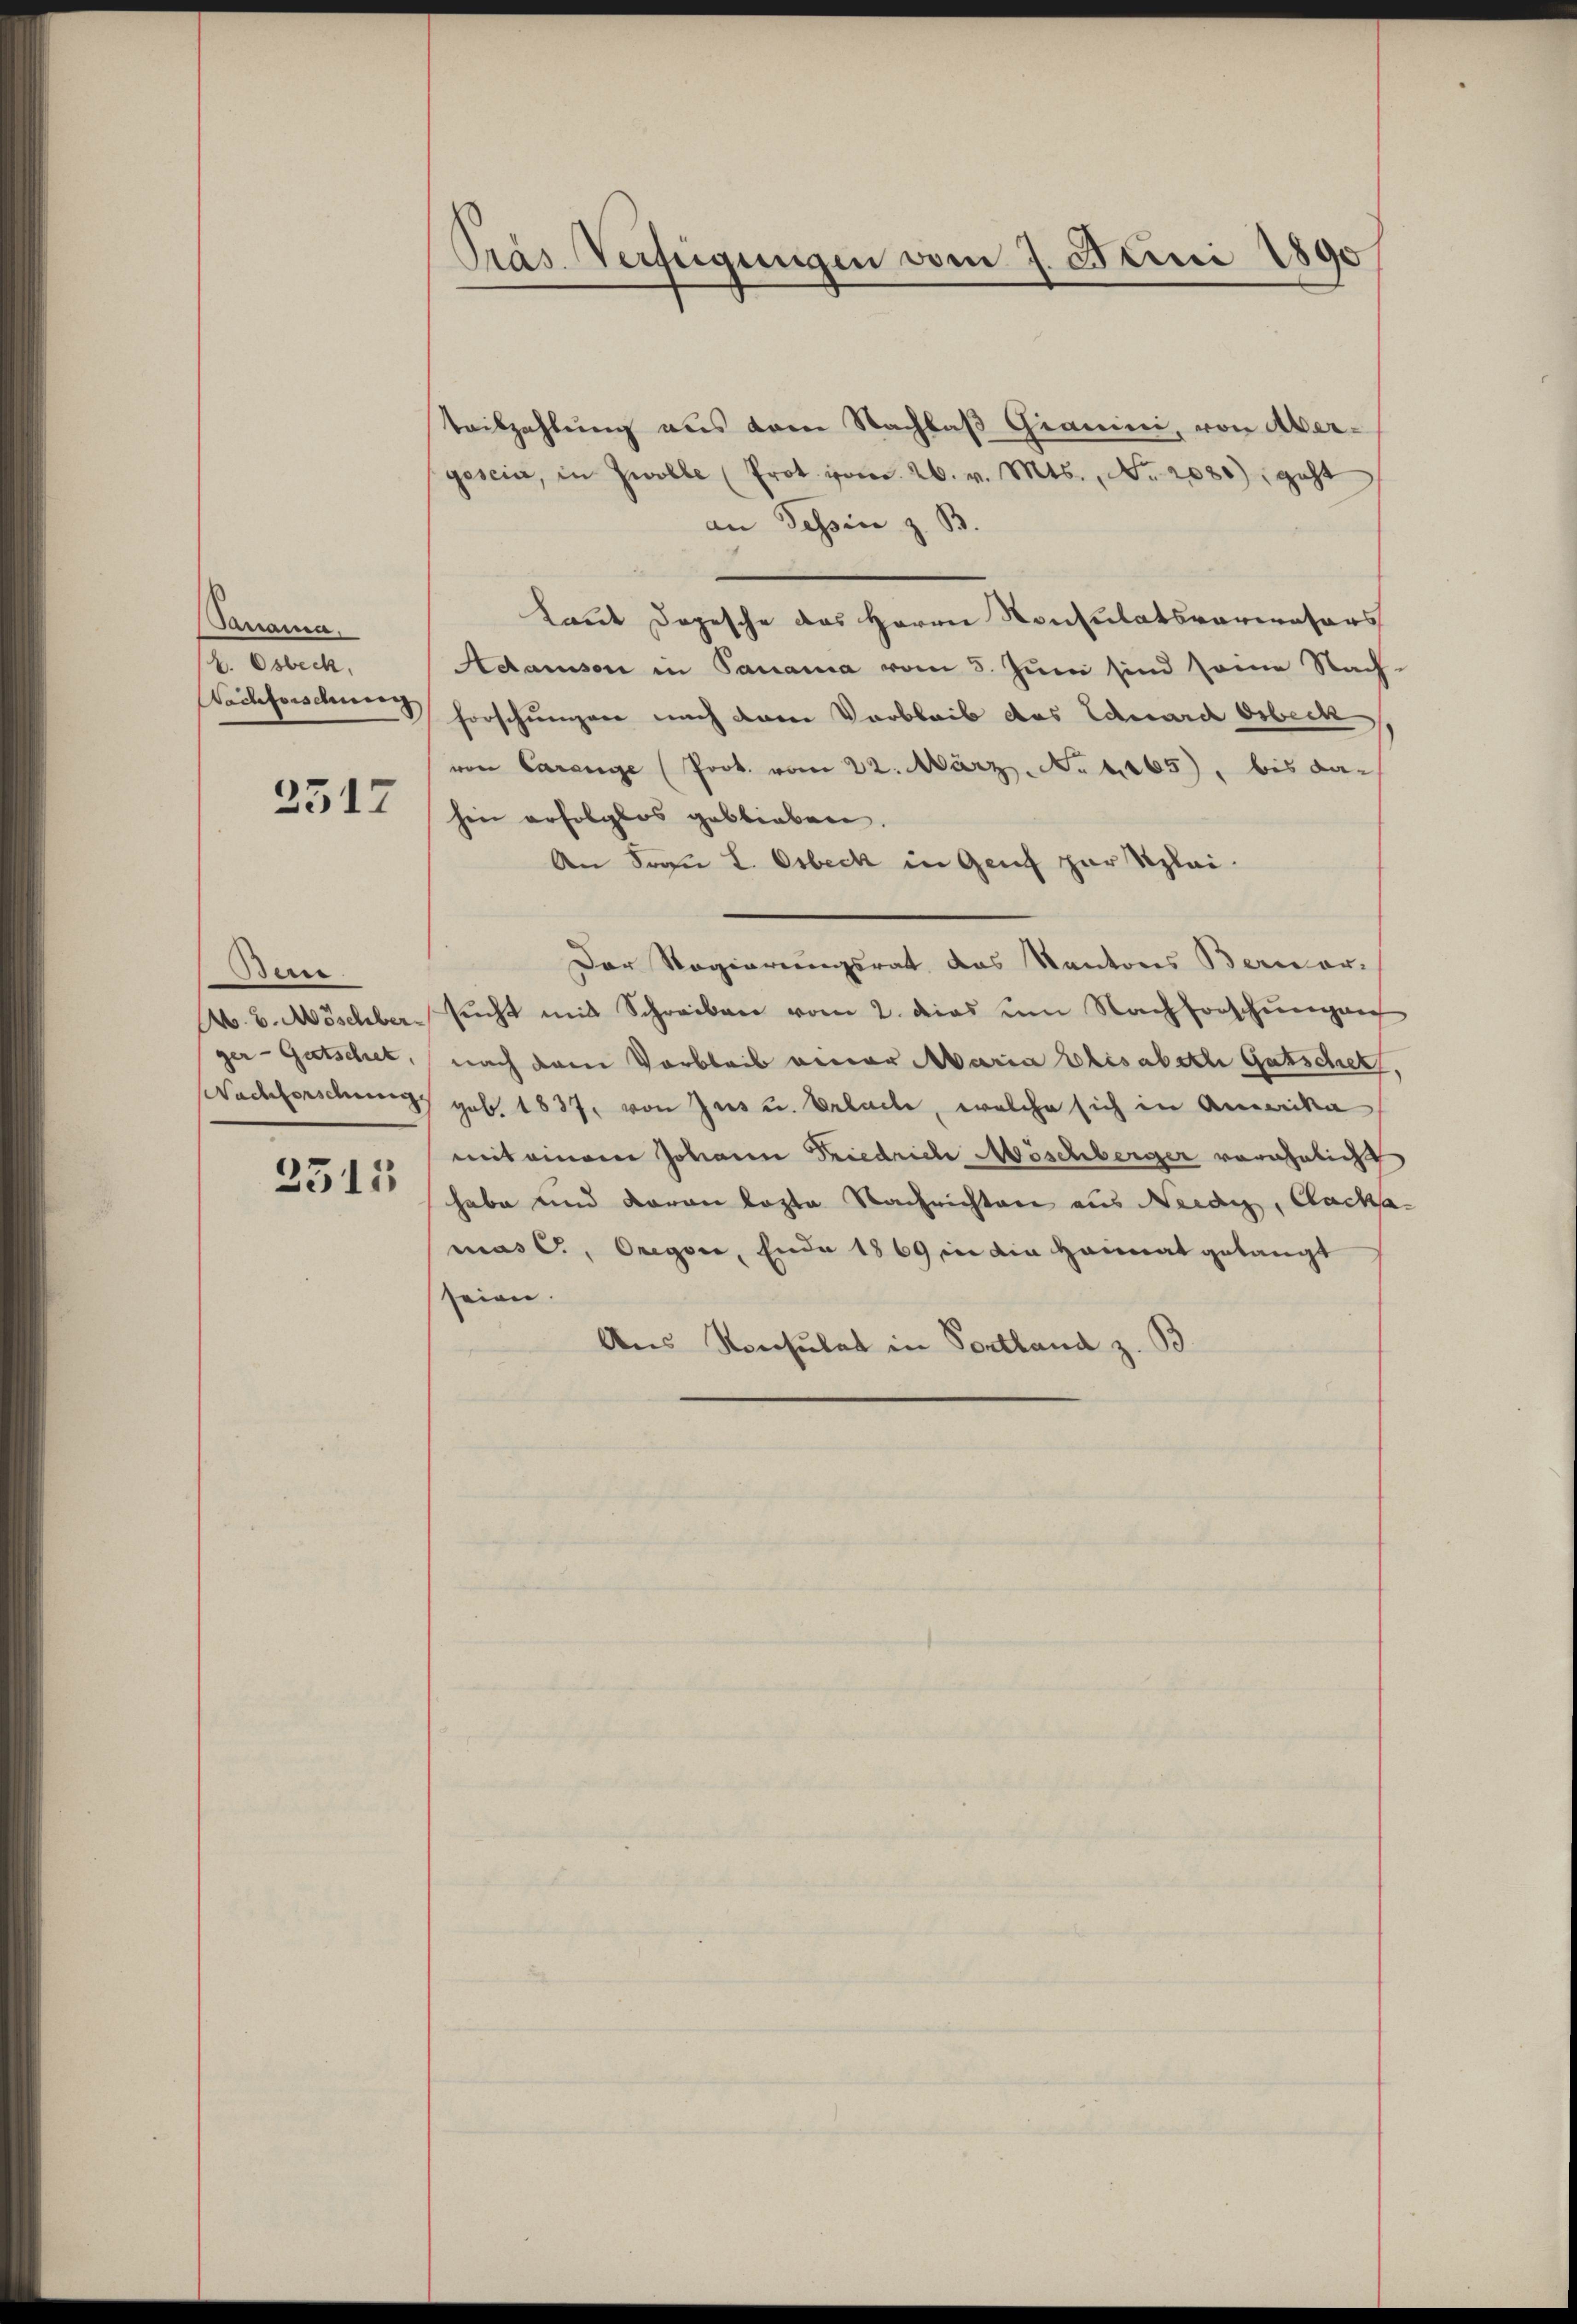
Panama.
k. Osbeck,
Nachforschung

2317

Bere
ger - Gutschet,
Nachforschung

2312

Präs. Verfügungen vom 7. Juni 1890

teilzahlung aus dem Nachlaß Gianini, von Abergesein, in Zwolle (Prot. vom 26. v. Mts., No. 2080), geht
an Tessin z. B.
Laut Depesche das Herrn Konsulatsvermasers
Adamson in Panama vom 5. Juni sind seine Nach-
forschungen nach denen Verbleib das Schnarch Orbeck
von Carange (Prok. vom 22. März. No 1165), bis dahin erfolglos geblieben.
An Frau L. Osbeck in Genf zur Splai¬
Der Regierungsrat das Kantons Berner-
A. v. Möschber sŭcht mit Schreiben vom 2. dies um Nachforschŭngen
nach dem Vorbleib einer Maria Elisabeth Gutschet,
geb. 1837, von Jus u. Erlache, welche sich in Amerika
mit einem Johann Friedrich Möschberger verähnlicht
habe und daran lezte Nachrichten aus Neidig, AackamasC., Oregor, Ende 1869 in die Heimat gelangt
seien.
Aus Konsulat in Portland z. B.